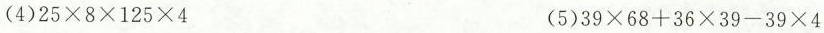
(4)25\times8\times125\times4 (5)39\times68+36\times39-39\times4